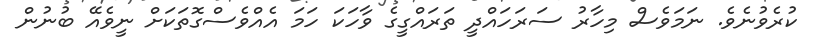
ކުރެވުނެވެ. ނަމަވެސް މިހާރު ސަރަހައްދީ ތަރައްގީގެ ވާހަކަ ހަމަ އެއްވެސްގޮތަކަށް ނީވެއޭ ބުނުން